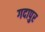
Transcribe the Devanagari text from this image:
गदापुर